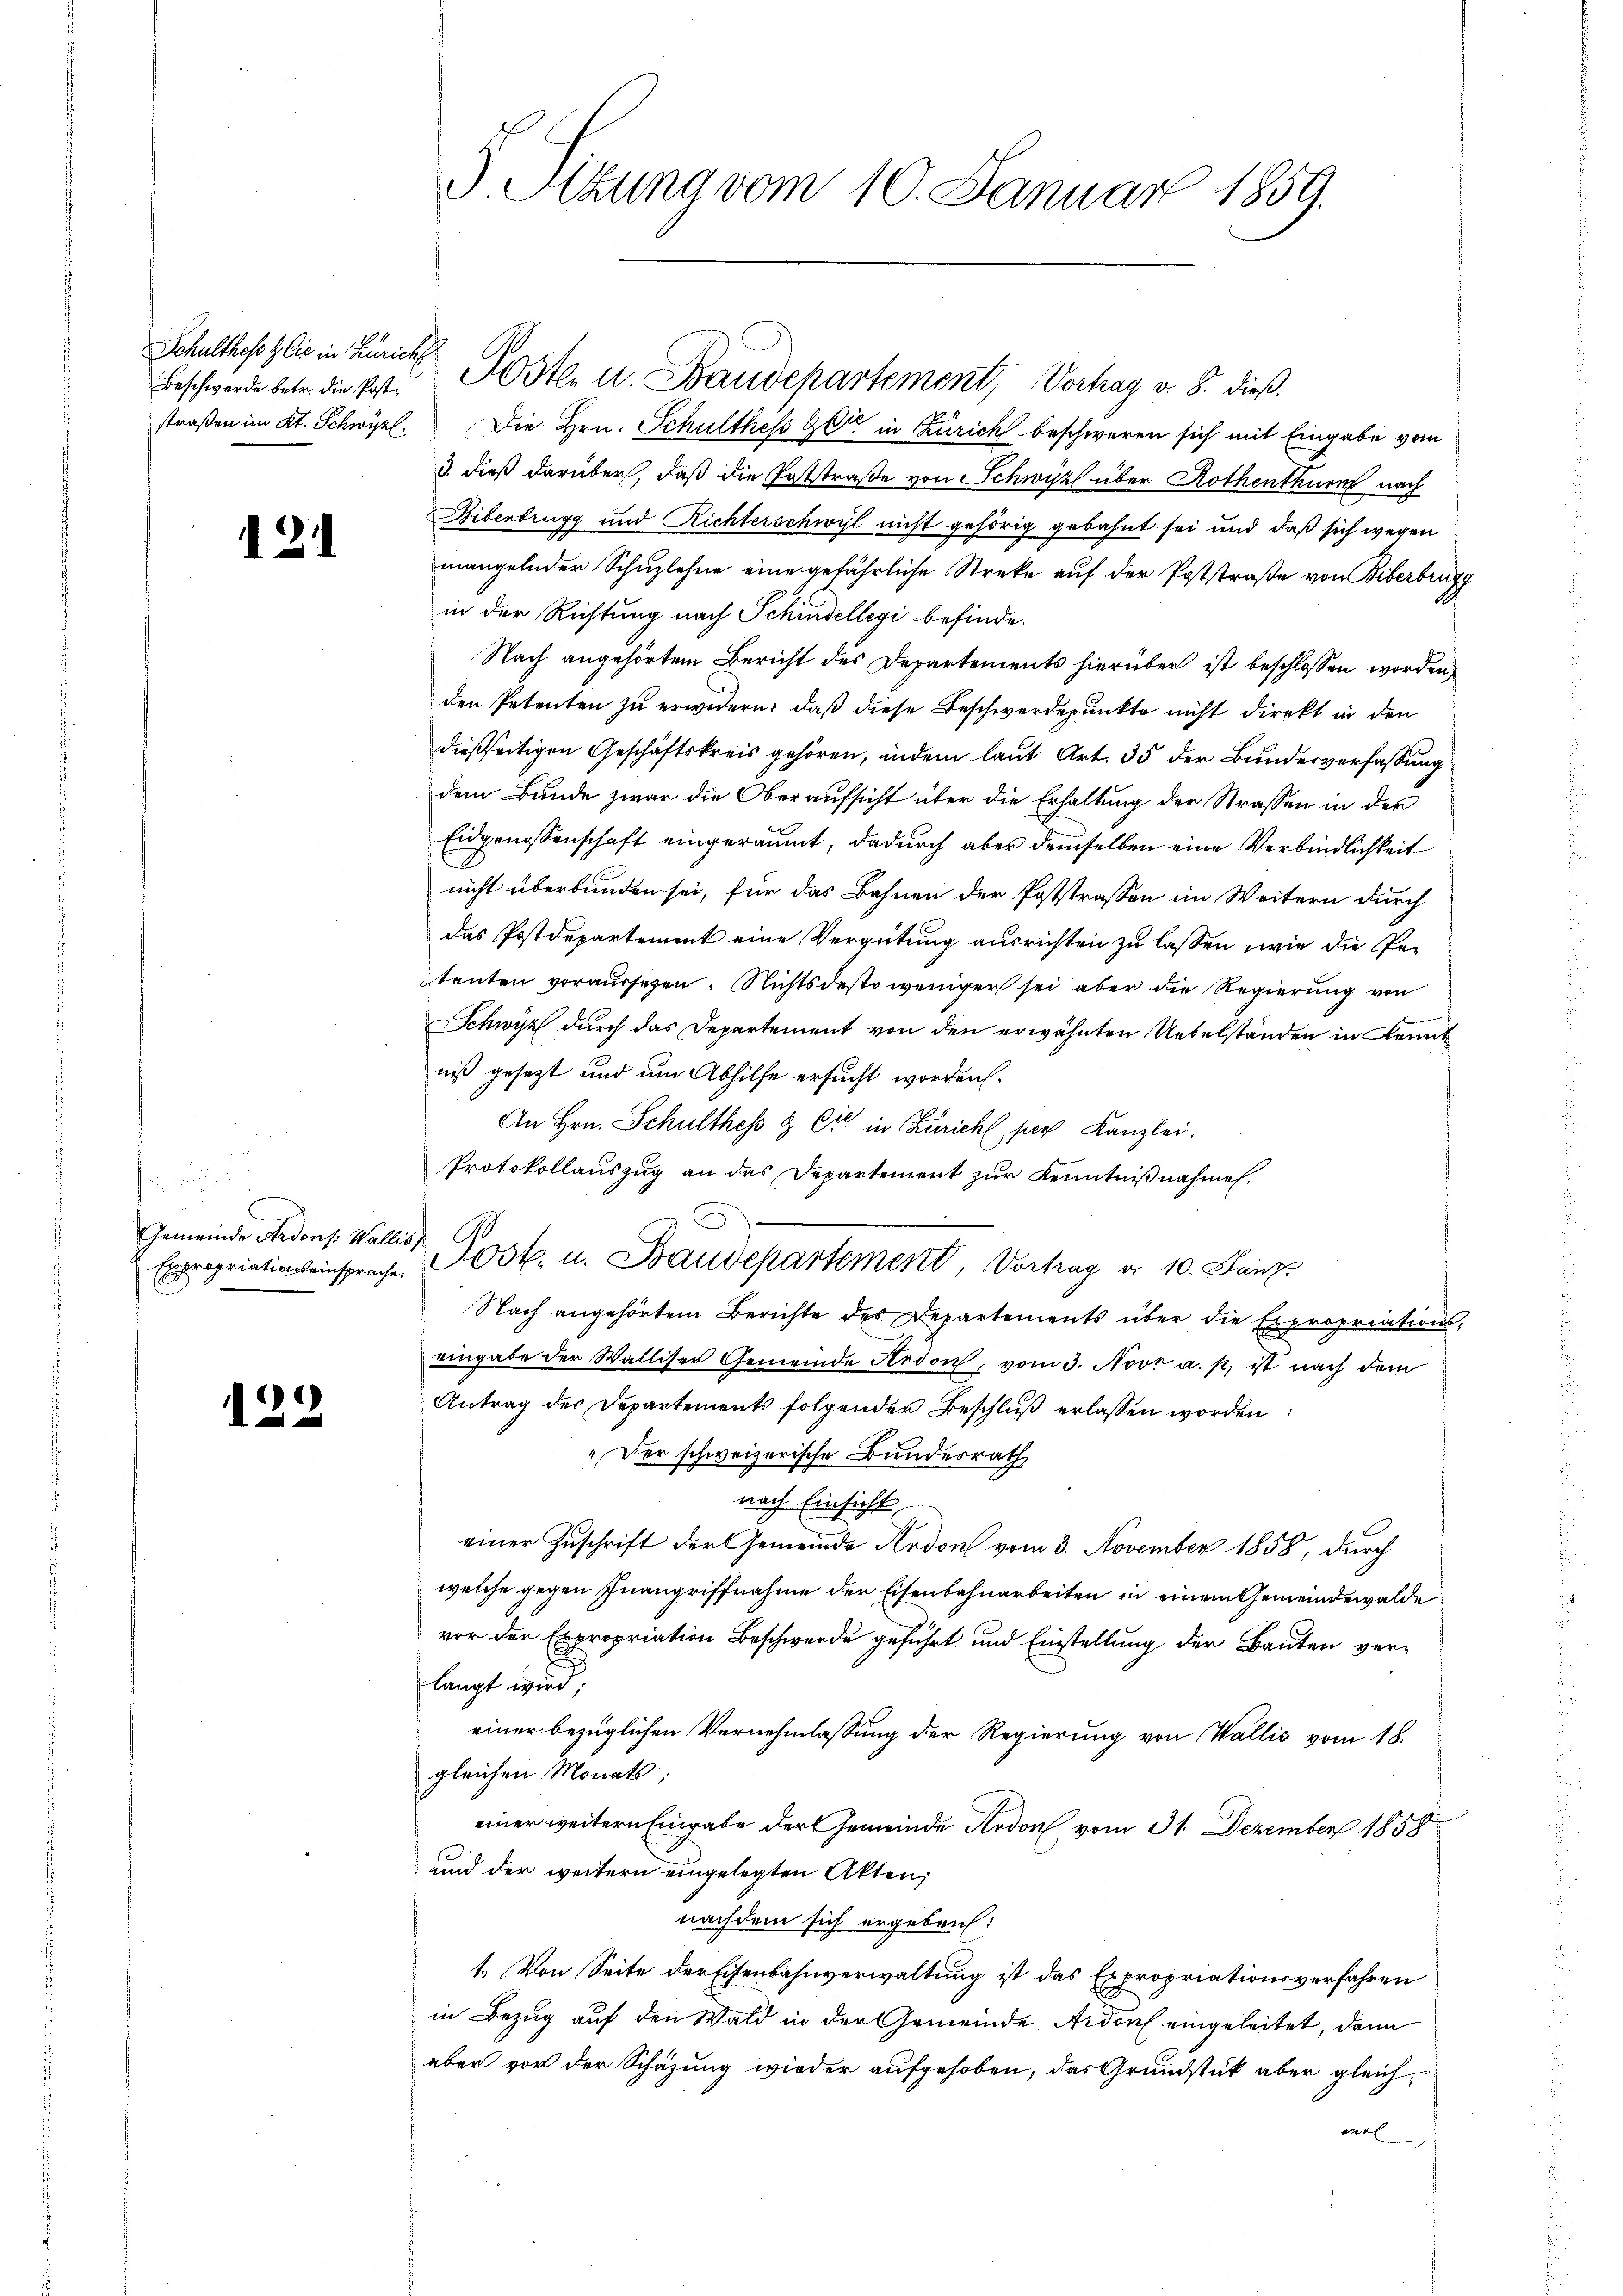
Schultheß & Cie in Zürich

2

Gemeinde Ardons: Wallis

d

3

Beschwerde betr. die Erste Posten u. Baudepartement, Vorhag v. 8. dieß
straßen im Kt. Schwyzl. Die Hrn. Schulthes Gott in Zürich beschweren sich mit Eingabe vom
3. dieß darüber, daß die Poststraße von Schwyz über Rothenthurn nach
Bibenbrugg und Richterschwyl nicht gehörig gebahnt sei und daß sich wegen
mangelnder Schuzlehne eine gefährliche Streke auf der Poststraße von Biberbrugg
in der Richtung nach Schindellegi befinde.
Nach angehörtem Bericht des Departements hierüber ist beschlossen worden,
den Petenten zu erwidern, daß diese Beschwerdepunkte nicht direkt in den
dießseitigen Geschäftskreis gehören, indem laut Art. 35 der Bundesverfassung
dem Bunde zwar die Oberaufsicht über die Erhaltung der Strassen in der
Eidgenossenschaft eingeräumt, dadurch aber demselben eine Verbindlichkeit
nicht überbunden sei, für das Bahnen der Poststrassen im Weitern durch
das Postdepartement eine Vergütung ausrichten zu lassen, wie die Petenten voraŭssesen. Nichtsdestoweniger sei aber die Regierŭng von
Schwyz durch das Departement von den erwähnten Uebelständen in Kennt
niß gesetzt und um Abhilfe ersucht worden.
An Hrn. Schultheß & Cie in Zürich, par Kanzlei.
Protokollauszug an das Departement zŭr Kenntniβnahmen.
Expropriationseinsprache Post. u. Baudepartement, Vortrag d. 10. Janz
Nach angehörtem Berichte des Departements über die Expropriationseingabe der Walliser Gemeinde Ardon, vom 3. Novr a. p. ist nach dem
Antrag des Departements folgenden Beschluß erlassen worden
„Der schweizerische Bundesrath
nach Einsicht
einer Zuschrift der Gemeinde Ardon vom 3. November 1858, durch
welche gegen Inangriffnahme der Eisenbahnarbeiten in einem Gemeindewalde
vor der Expropriation Beschwerde geführt und Einstellung der Bauten verlangt wird;
einer bezüglichen Vernehmlassung der Regierung von Wallis vom 18.
gleichen Monats;
einer weitern Eingabe der Gemeinde Ardon vom 31. Dezember 1858
und der weitern eingelegten Akten,
nachdem sich ergeben:
1.) Von Seite der Eisenbahnverwaltung ist das Expropriationsverfahren
in Bezug auf den Wald in der Gemeinde Ardons eingeleitet, dann
aber vor der Schäzung wieder aufgehoben, das Grundstück aber gleicha

Sitzung vom 10. Januar 1859.